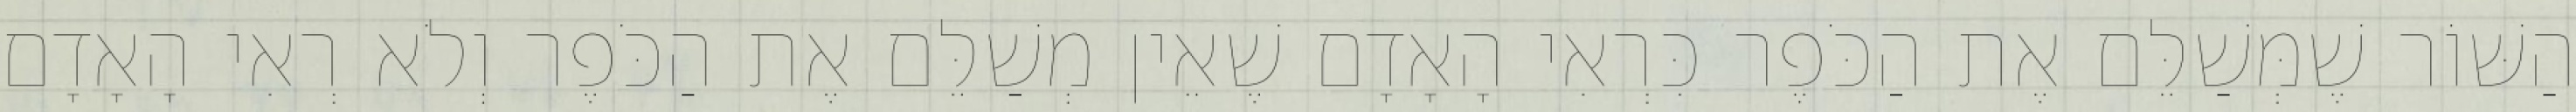
הַשּׁוֹר שֶׁמְּשַׁלֵּם אֶת הַכֹּפֶר כִּרְאִי הָאָדָם שֶׁאֵין מְשַׁלֵּם אֶת הַכֹּפֶר וְלֹא רְאִי הָאָדָם